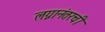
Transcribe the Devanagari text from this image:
लग्नानंतरची